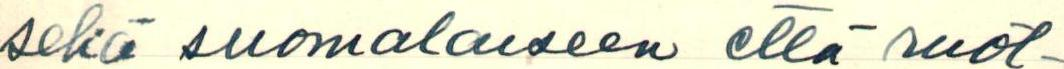
seka suomalaiseen että ruot-